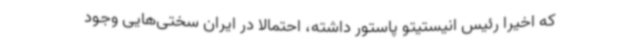
که اخیرا رئیس انیستیتو پاستور داشته، احتمالا در ایران سختی‌هایی وجود